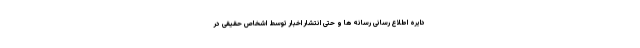
دایره اطلاع رسانی رسانه ها و حتی انتشار اخبار توسط اشخاص حقیقی در